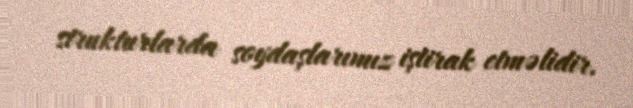
strukturlarda soydaşlarımız iştirak etməlidir.